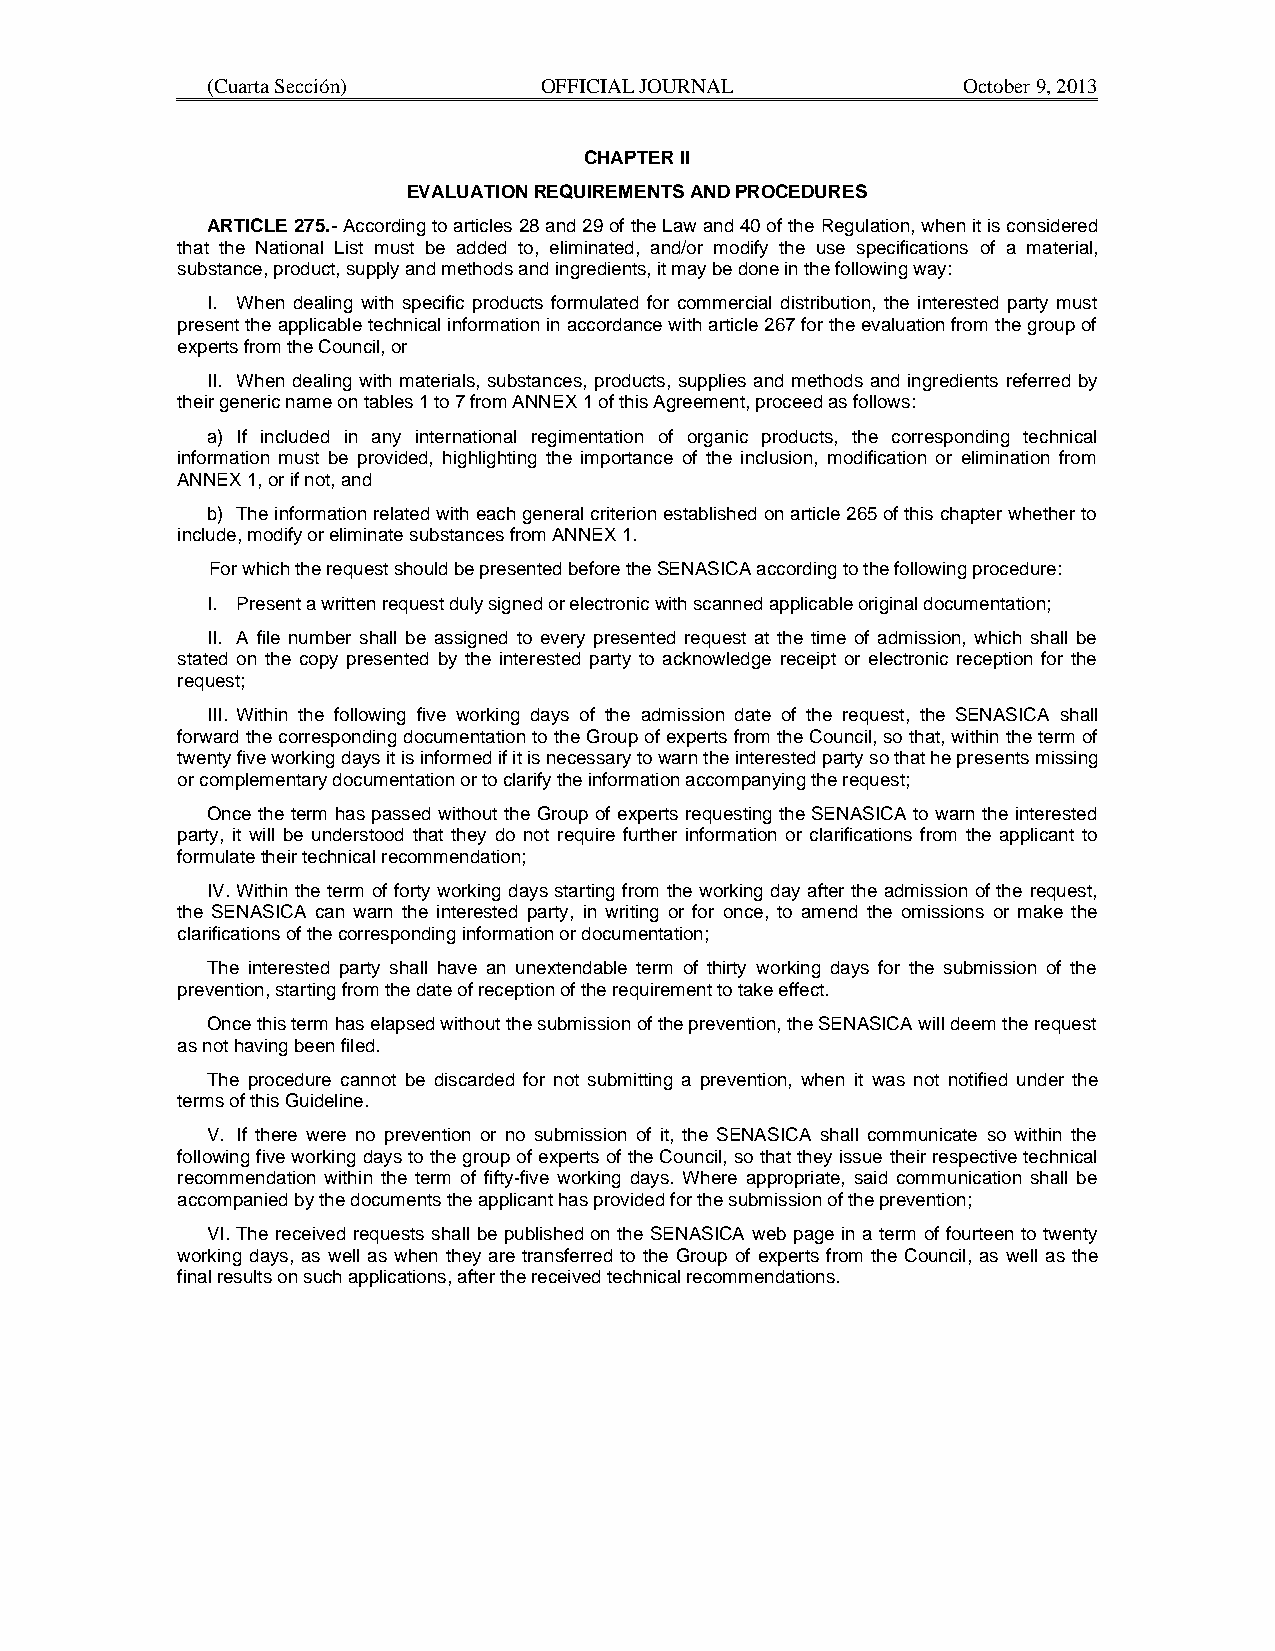
(Cuarta Sección)      OFFICIAL JOURNAL            October 9, 2013
 CHAPTER II
 EVALUATION REQUIREMENTS AND PROCEDURES
 ARTICLE 275.- According to articles 28 and 29 of the Law and 40 of the Regulation, when it is considered
 that the National List must be added to, eliminated, and/or modify the use specifications of a material,
 substance, product, supply and methods and ingredients, it may be done in the following way:
 I. When dealing with specific products formulated for commercial distribution, the interested party must
 present the applicable technical information in accordance with article 267 for the evaluation from the group of
 experts from the Council, or
 II. When dealing with materials, substances, products, supplies and methods and ingredients referred by
 their generic name on tables 1 to 7 from ANNEX 1 of this Agreement, proceed as follows:
 a) If included in any international regimentation of organic products, the corresponding technical
 information must be provided, highlighting the importance of the inclusion, modification or elimination from
 ANNEX 1, or if not, and
 b) The information related with each general criterion established on article 265 of this chapter whether to
 include, modify or eliminate substances from ANNEX 1.
 For which the request should be presented before the SENASICA according to the following procedure:
 I. Present a written request duly signed or electronic with scanned applicable original documentation;
 II. A file number shall be assigned to every presented request at the time of admission, which shall be
 stated on the copy presented by the interested party to acknowledge receipt or electronic reception for the
 request;
 III. Within the following five working days of the admission date of the request, the SENASICA shall
 forward the corresponding documentation to the Group of experts from the Council, so that, within the term of
 twenty five working days it is informed if it is necessary to warn the interested party so that he presents missing
 or complementary documentation or to clarify the information accompanying the request;
 Once the term has passed without the Group of experts requesting the SENASICA to warn the interested
 party, it will be understood that they do not require further information or clarifications from the applicant to
 formulate their technical recommendation;
 IV. Within the term of forty working days starting from the working day after the admission of the request,
 the SENASICA can warn the interested party, in writing or for once, to amend the omissions or make the
 clarifications of the corresponding information or documentation;
 The interested party shall have an unextendable term of thirty working days for the submission of the
 prevention, starting from the date of reception of the requirement to take effect.
 Once this term has elapsed without the submission of the prevention, the SENASICA will deem the request
 as not having been filed.
 The procedure cannot be discarded for not submitting a prevention, when it was not notified under the
 terms of this Guideline.
 V. If there were no prevention or no submission of it, the SENASICA shall communicate so within the
 following five working days to the group of experts of the Council, so that they issue their respective technical
 recommendation within the term of fifty-five working days. Where appropriate, said communication shall be
 accompanied by the documents the applicant has provided for the submission of the prevention;
 VI. The received requests shall be published on the SENASICA web page in a term of fourteen to twenty
 working days, as well as when they are transferred to the Group of experts from the Council, as well as the
 final results on such applications, after the received technical recommendations.